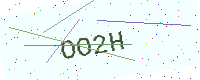
Text: OO2H